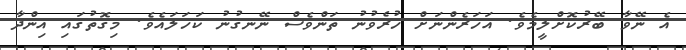
އެ ނޭވާ ބޭރުކޮށްލީމެވެ. އަހަރެންނަށް ހުރެވުނު ތަންވެސް ނޭނގުނު ކަހަލައެވެ. މިގޮތުގައި އިންދާ